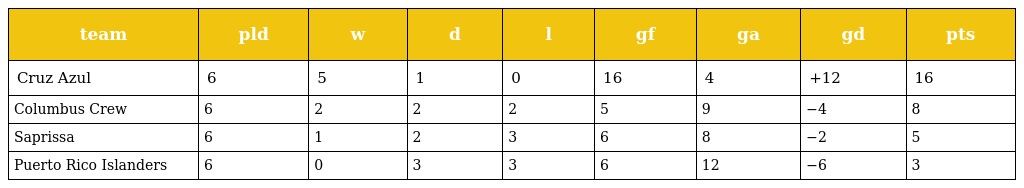
| team | pld | w | d | l | gf | ga | gd | pts |
 | --- | --- | --- | --- | --- | --- | --- | --- | --- |
 | Cruz Azul | 6 | 5 | 1 | 0 | 16 | 4 | +12 | 16 |
 | Columbus Crew | 6 | 2 | 2 | 2 | 5 | 9 | −4 | 8 |
 | Saprissa | 6 | 1 | 2 | 3 | 6 | 8 | −2 | 5 |
 | Puerto Rico Islanders | 6 | 0 | 3 | 3 | 6 | 12 | −6 | 3 |